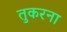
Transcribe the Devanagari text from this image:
तुकरना